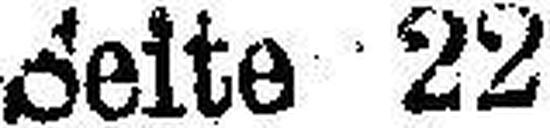
Seite 22